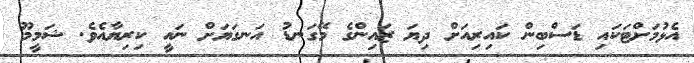
އެޅުމަށްޓަކައި ޑަސްބިން ކައިރިއަށް ދިޔަ ޒައިންގެ މޭގަނޑު އަނގަޔަށް ނައީ ކިރިޔާއެވެ. ޝަމީމޫ